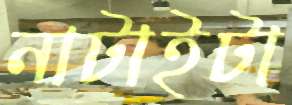
নাটাইটা